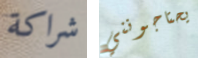
شراكة يحتاجونني